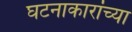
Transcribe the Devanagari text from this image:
घटनाकारांच्या